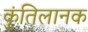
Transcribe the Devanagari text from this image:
कुंतिलानक